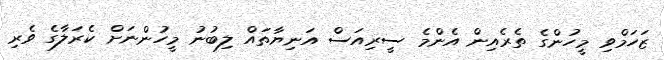
ޒަހަމްވި މީހުންގެ ތެރެއިން އެންމެ ސީރިއަސް އަނިޔާތައް ލިބުނު މީހުންނަށް ކެރަލާގެ ވެރި